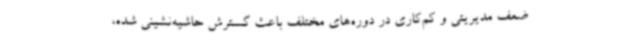
ضعف مدیریتی و کم‌کاری در دوره‌های مختلف باعث گسترش حاشیه‌نشینی شده،